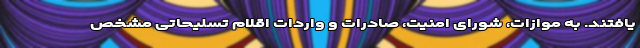
یافتند. به موازات، شورای امنیت، صادرات و واردات اقلام تسلیحاتی مشخص